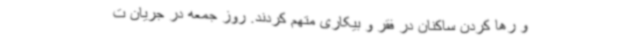
و رها کردن ساکنان در فقر و بیکاری متهم کردند. روز جمعه در جریان ت